Insane asylums in Bengal annual reports 1876-1887 - 1876-1887
Year: 1876
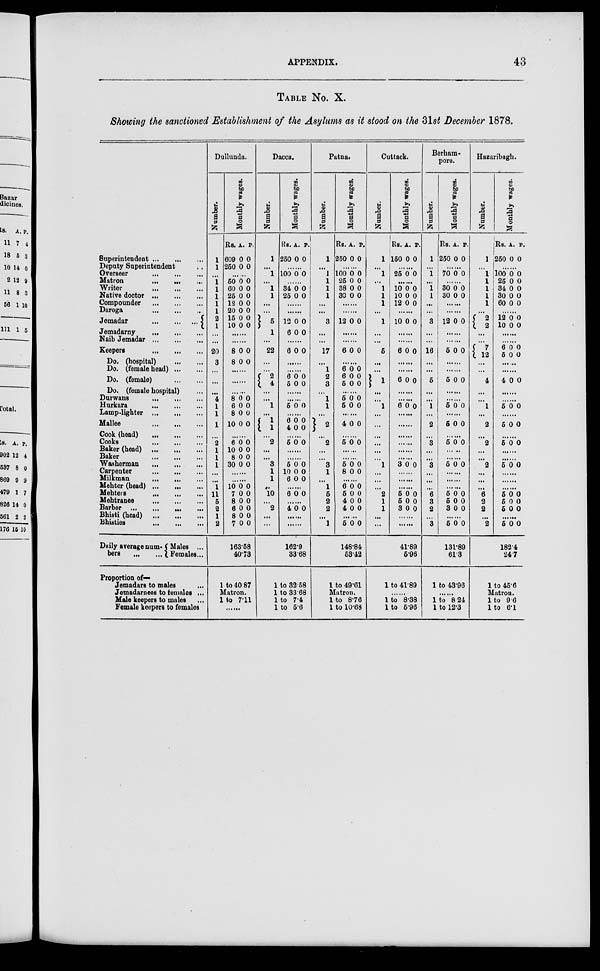
APPENDIX.
43
TABLE NO. X.
Showing the sanctioned Establishment of the Asylums as it stood on the 31st December 1878.
Superintendent
...
...
...
Deputy Superintendent ...
Overseer
...
...
...
Matron
...
...
...
Writer
...
...
...
Native doctor ... ... ...
Compounder
...
...
...
Daroga ... ... ...
Jemadar
...
...
...
Jemadarny
...
...
...
Naib Jemadar
...
...
...
Keepers
...
...
...
Do. (hospital) ... ...
Do. (female head) ... ...
Do. (female) ... ...
Do. (female hospital) ...
Durwans
...
...
...
Hurkara
...
...
...
Lamp-lighter
...
...
...
Mallee
...
...
...
Cook (head) ... ... ...
Cooks ... ... ...
Baker (head)
...
...
...
Baker
...
...
...
Washerman ... ... ...
Carpenter
...
...
...
Milkman ... ...
...
Mehter (head) ... ... ...
Mehters
...
...
...
Mehtranee
...
...
...
Barber
...
...
...
...
Bhisti (head) ... ... ...
Bhisties
...
...
...
Daily average num-
bers
...
...
Males ...
Females...
Dullunda.
Number.
1
1
...
1
1
1
1
1
2
1
...
...
20
3
...
...
...
...
4
1
1
1
... 2
1
1
1
...
...
1
11
5
2
1
2
Monthly wages.
Rs.
609
250
A.
0
0
P.
0
0
...... 50
60
25
12
20
15
10
0
0
0
0
0
0
0
0
0
0
0
0
0
0
......
......
8
8
0
0
0
0
......
......
......
8
6
8
10
0
0
0
0
0
0
0
0
...... 6
10
8
30
0
0
0
0
0
0
0
0
......
...... 10
7
8
6
8
7
0
0
0
0
0
0
0
0
0
0
0
0
163.58
40.73
Dacca.
Number.
...
1
... 1
...
1
1
...
...
5
1
...
22
...
...
2
4
...
...
1
...
1 1
... 2
...
...
3
1
1
..
10
...
2
... ...
Monthly wages.
Rs.
250
A.
0
P.
0
...... 100 0 0
...... 34
25
0
0
0
0
......
......
12
6
0
0
0
0
......
6 0 0
......
......
6
5
0
0
0
0
......
...... 5 0 0
......
6
4
0
0
0
0
...... 5 0 0
......
...... 5
10
6
0
0
0
0
0
0
......
6 0 0
...... 4 0 0
......
......
162.9
33.68
Patna.
Number.
1
...
1
1
1
1
...
...
3
... ...
17
...
1
2
3
...
1
1
...
2
...
2
...
...
3
1
... 1
5
2
2
...
1
Monthly wages.
Rs.
250
A.
0
P.
0
...... 100
25
38
30
0
0
0
0
0
0
0
0
......
......
12 0 0
......
......
6 0 0
......
6
6
5
0
0
0
0
0
0
......
5
5
0
0
0
0
......
4 0 0
...... 5 0 0
......
...... 5
8
0
0
0
0
...... 6
5
4
4
0
0
0
0
0
0
0
0
...... 5 0 0
148.84
53.42
Cuttack.
Number.
...
1
... 1
... 1
1
1
...
1
... ...
5
...
...
1
...
... 1
...
...
...
...
...
... 1
...
...
...
2
1
1
...
...
Monthly wages.
Rs.
150
A.
0
P.
0
...... 25 0 0
......
10
10
12
0
0
0
0
0
0
......
10 0 0
......
......
6 0 0
......
......
6 0 0
......
...... 6 0 0
......
......
...... .....
......
...... 3 0 0
......
......
......
5
5
3
0
0
0
0
0
0
......
......
41.89
5.96
Berham-
pore.
Number.
...
1
...
1
...
1
1
... ...
3
...
...
16
...
...
5
...
...
1
...
2
...
3
...
... 3
...
...
...
6
3
2
... 3
Monthly wages.
Rs.
250
A.
0
P.
0
...... 70 0 0
...... 30
30
0
0
0
0
......
......
12 0 0
......
......
5 0 0
......
......
5 0 0
......
...... 5 0 0
......
5 0 0
...... 5 0 0
......
...... 5 0 0
......
......
......
5
5
3
0
0
0
0
0
0
...... 5 0 0
131.89
61.3
Hazaribagh.
Number.
...
1
... 1
1
1
1
1
...
2
2
... ...
7
12
...
...
4
...
...
1
...
2
... 2
...
...
2
...
...
...
6
2
2
... 2
Monthly wages.
Rs.
250
A.
0
P.
0
...... 100
25
34
30
60
0
0
0
0
0
0
0
0
0
0
......
12
10
0
0
0
0
......
......
6
5
0
0
0
0
......
......
4 0 0
......
...... 5 0 0
......
5 0 0
...... 5 0 0
......
...... 5 0 0
......
......
......
5
5
5
0
0
0
0
0
0
......
5 0 0
182.4
24.7
Proportion of—
Jemadars to males ...
Jemadarnees to females ...
Male keepers to males ...
Female keepers to females ...
1 to 40.87
Matron.
1 to 7.11
......
1 to 32.58
1 to 33.63
1 to 7.4
1 to 5.6
1 to 49.61
Matron.
1 to 8.76
1 to 10.68
1 to 41.89
......
1 to 8.38
1 to 5.96
1 to 43.96
......
1 to 8.24
1 to 12.3
1 to 45.6
Matron.
l to 9.6
1 to 6.1